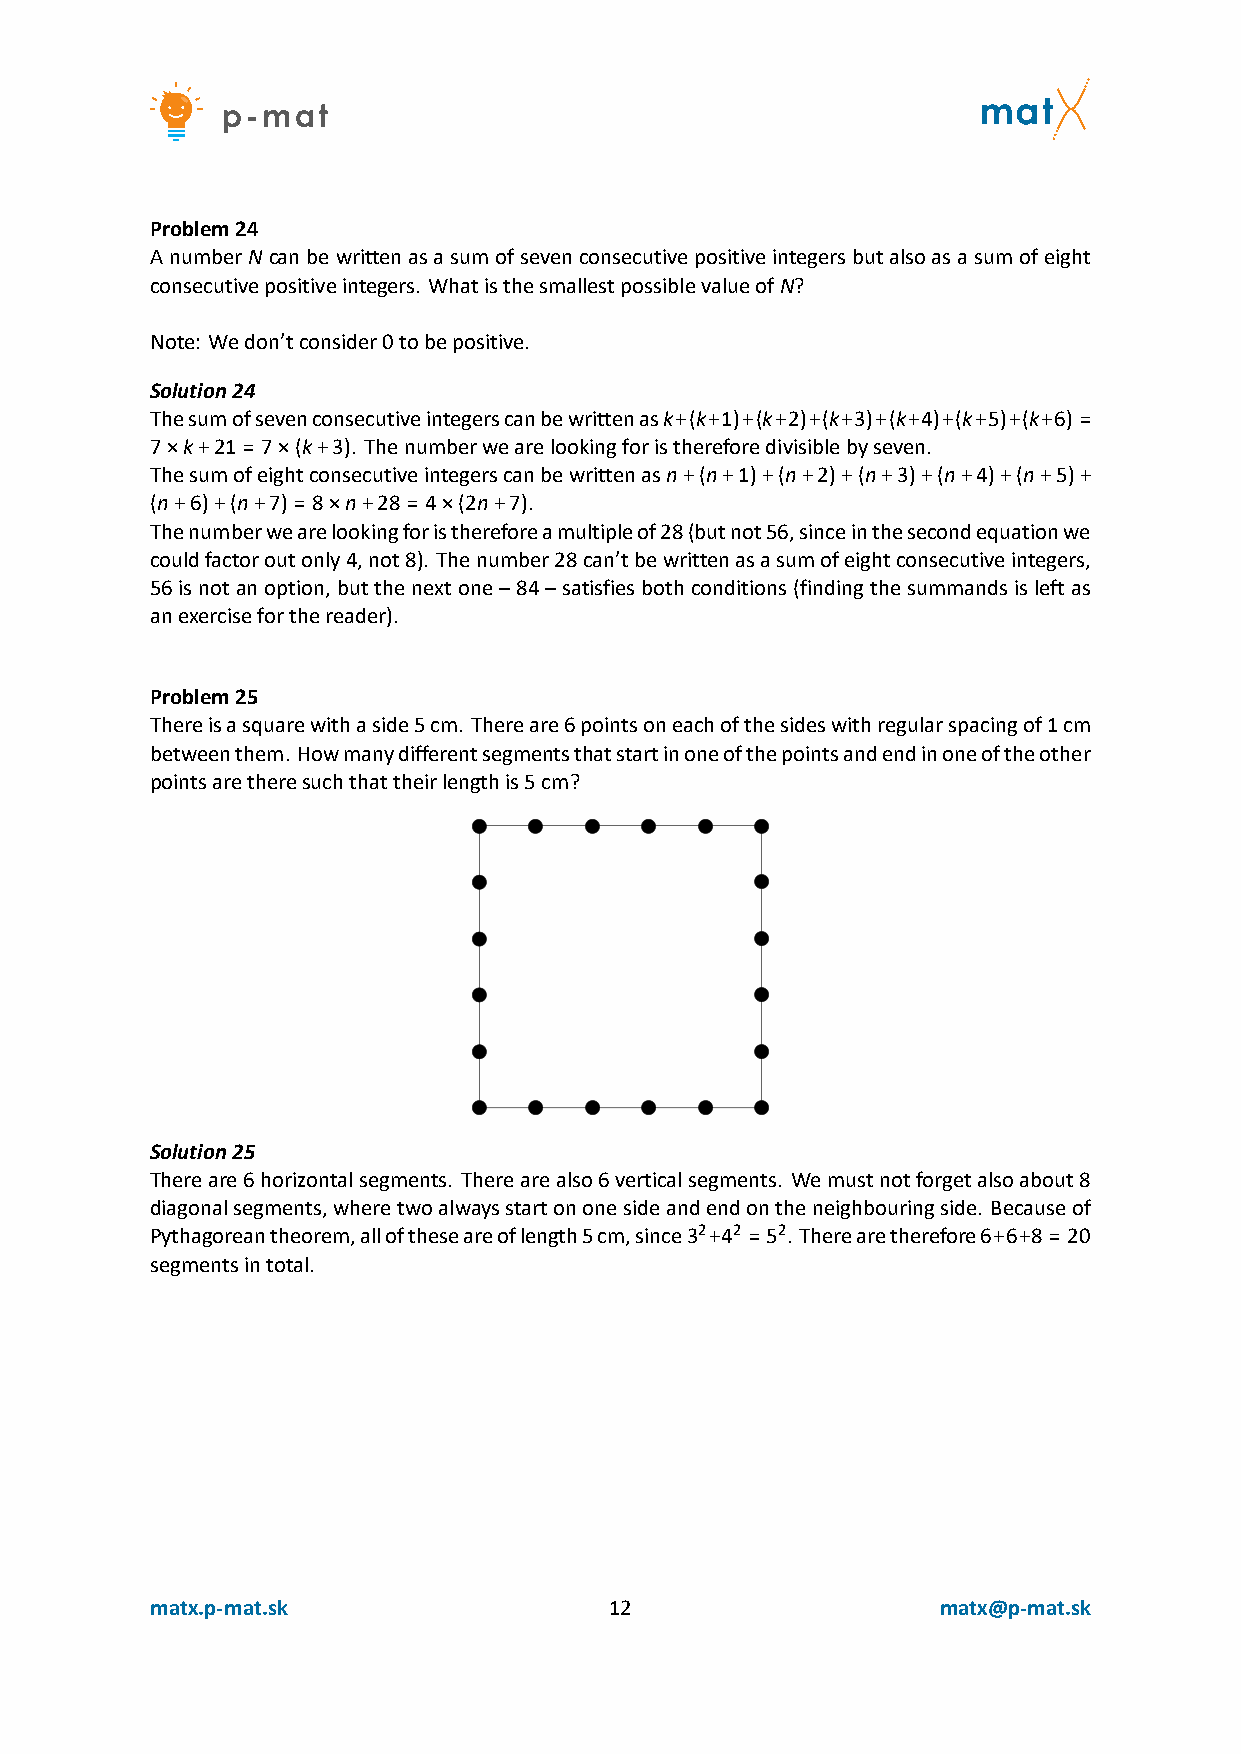
Problem24
 AnumberNcanbewrittenasasumofsevenconsecutivepositiveintegersbutalsoasasumofeight
 consecutivepositiveintegers. WhatisthesmallestpossiblevalueofN?
 Note: Wedon’tconsider0tobepositive.
 Solution24
 Thesumofsevenconsecutiveintegerscanbewrittenask+(k+1)+(k+2)+(k+3)+(k+4)+(k+5)+(k+6) =
 7×k+21 = 7×(k+3). Thenumberwearelookingforisthereforedivisiblebyseven.
 Thesumofeightconsecutiveintegerscanbewrittenasn+(n+1)+(n+2)+(n+3)+(n+4)+(n+5)+
 (n+6)+(n+7) = 8×n+28 = 4×(2n+7).
 Thenumberwearelookingforisthereforeamultipleof28(butnot56,sinceinthesecondequationwe
 couldfactoroutonly4,not8). Thenumber28can’tbewrittenasasumofeightconsecutiveintegers,
 56isnotanoption,butthenextone–84–satisfiesbothconditions(findingthesummandsisleftas
 anexerciseforthereader).
 Problem25
 Thereisasquarewithaside5cm. Thereare6pointsoneachofthesideswithregularspacingof1cm
 betweenthem. Howmanydifferentsegmentsthatstartinoneofthepointsandendinoneoftheother
 pointsaretheresuchthattheirlengthis5cm?
 Solution25
 Thereare6horizontalsegments. Therearealso6verticalsegments. Wemustnotforgetalsoabout8
 diagonalsegments,wheretwoalwaysstartononesideandendontheneighbouringside. Becauseof
 Pythagoreantheorem,alloftheseareoflength5cm,since32+42 = 52. Therearetherefore6+6+8 = 20
 segmentsintotal.
 matx.p‐mat.sk                 12                    matx@p‐mat.sk